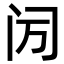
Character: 𬮙